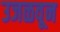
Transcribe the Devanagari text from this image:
उजळवून